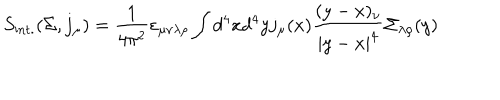
LaTeX: S _ { \mathrm { i n t . } } ( \Sigma , j _ { \mu } ) = \frac { 1 } { 4 \pi ^ { 2 } } \varepsilon _ { \mu \nu \lambda \rho } \int d ^ { 4 } x d ^ { 4 } y j _ { \mu } ( x ) \frac { ( y - x ) _ { \nu } } { | y - x | ^ { 4 } } \Sigma _ { \lambda \rho } ( y )